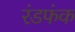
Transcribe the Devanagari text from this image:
रंडफंक